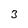
Character: 3